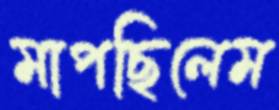
মাপছিলেম